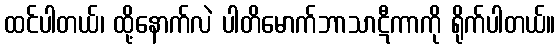
ထင်ပါတယ်၊ ထို့နောက်လဲ ပါတိမောက်ဘာသာဋီကာကို ရိုက်ပါတယ်။